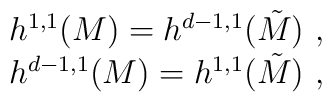
\begin{array}{c}      h^{1,1}(M) = h^{d-1,1}(\tilde M)~,\\      h^{d-1,1}(M)= h^{1,1}(\tilde M) ~,    \end{array}